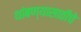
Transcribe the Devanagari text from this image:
थांबण्यासाठीचे